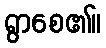
ရွာစေ၏။